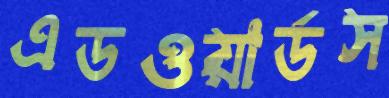
এডওয়ার্ডস